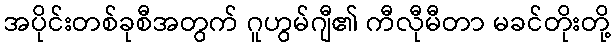
အပိုင်းတစ်ခုစီအတွက် ဂူဟွမ်ဂျီ၏ ကီလီုမီတာ မခင်တိုးတို့